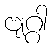
ဗျဂ္ဂါ